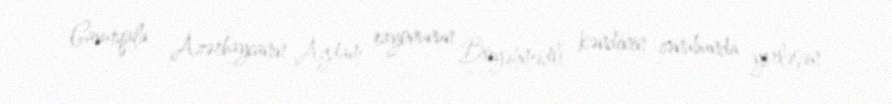
Gavurqala – Azərbaycanın Ağdam rayonunun Boyəhmədli kəndinin cənubunda yerləşən